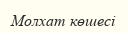
Молхат көшесі